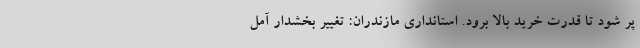
پر شود تا قدرت خرید بالا برود. استانداری مازندران: تغییر بخشدار آمل